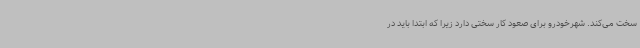
سخت می‌کند. شهرخودرو برای صعود کار سختی دارد زیرا که ابتدا باید در